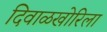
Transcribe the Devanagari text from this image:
दिवाळखोरिला